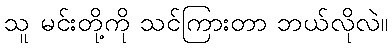
သူ မင်းတို့ကို သင်ကြားတာ ဘယ်လိုလဲ။